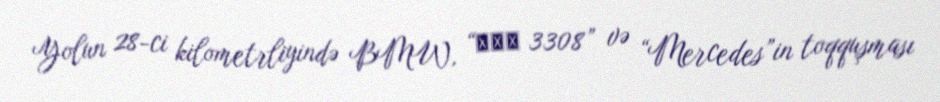
Yolun 28-ci kilometrliyində BMW, “ГАЗ 3308” və “Mercedes”in toqquşması